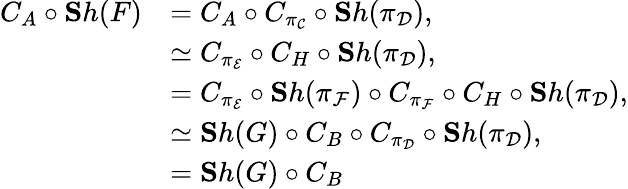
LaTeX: \begin{array}{rl}{C_{A}\circ{\mathbf Sh}(F)}&{=C_{A}\circ C_{\pi_{\mathcal{C}}}\circ{\mathbf Sh}(\pi_{\mathcal{D}}),}\\ &{\simeq C_{\pi_{\mathcal{E}}}\circ C_{H}\circ{\mathbf Sh}(\pi_{\mathcal{D}}),}\\ &{=C_{\pi_{\mathcal{E}}}\circ{\mathbf Sh}(\pi_{\mathcal{F}})\circ C_{\pi_{\mathcal{F}}}\circ C_{H}\circ{\mathbf Sh}(\pi_{\mathcal{D}}),}\\ &{\simeq{\mathbf Sh}(G)\circ C_{B}\circ C_{\pi_{\mathcal{D}}}\circ{\mathbf Sh}(\pi_{\mathcal{D}}),}\\ &{={\mathbf Sh}(G)\circ C_{B}}\end{array}